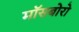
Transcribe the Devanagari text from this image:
मॉसबोरो